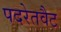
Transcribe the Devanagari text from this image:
पदरेतवैट